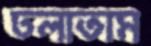
ঢলাতাম